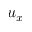
u _ { x }